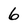
Character: 6